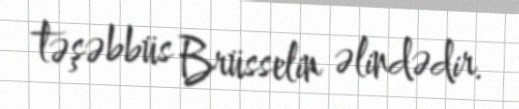
təşəbbüs Brüsselin əlindədir.